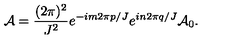
{ \cal A } = \frac { ( 2 \pi ) ^ { 2 } } { J ^ { 2 } } e ^ { - i m 2 \pi p / J } e ^ { i n 2 \pi q / J } { \cal A } _ { 0 } .